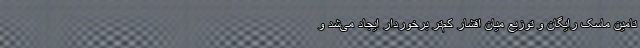
تامین ماسک رایگان و توزیع میان اقشار کم‌تر برخوردار ایجاد می‌شد و